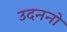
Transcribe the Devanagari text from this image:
उदननो